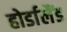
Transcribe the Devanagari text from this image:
होर्डालैंड